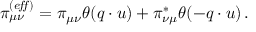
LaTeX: \pi _ { \mu \nu } ^ { ( e \! f \! \! f ) } = \pi _ { \mu \nu } \theta ( q \cdot u ) + \pi _ { \nu \mu } ^ { \ast } \theta ( - q \cdot u ) \, .